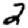
Digit: 2